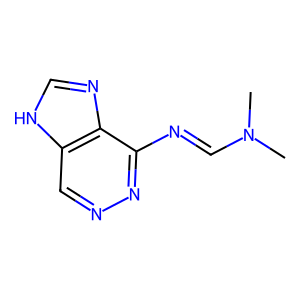
SMILES: CN(C)C=Nc1nncc2[nH]cnc12
Inhibits HIV replication: No